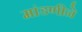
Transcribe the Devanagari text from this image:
मांडणीने